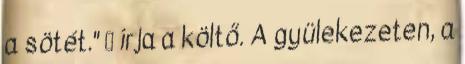
a sötét."  írja a költő. A gyülekezeten, a